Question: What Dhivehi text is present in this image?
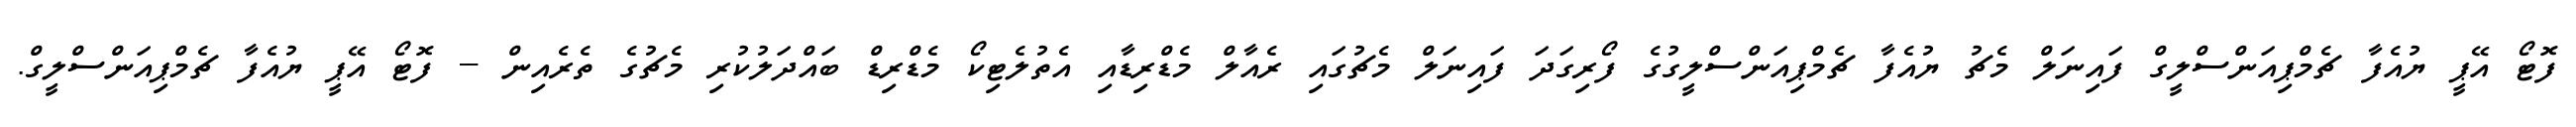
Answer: ފޮޓޯ އޭޕީ ޔުއެފާ ޗެމްޕިއަންސްލީގް ފައިނަލް މެޗު ޔުއެފާ ޗެމްޕިއަންސްލީގުގެ ފޯރިގަދަ ފައިނަލް މެޗުގައި ރެއާލް މެޑްރިޑާއި އެތުލެޓިކޯ މެޑްރިޑް ބައްދަލުކުރި މެޗުގެ ތެރެއިން -- ފޮޓޯ އޭޕީ ޔުއެފާ ޗެމްޕިއަންސްލީގް.